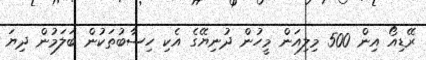
ރޭޑިއޯ އިން 500 މިލިއަން މީހުން ދުނިޔޭގެ އެކި ހިސާބުތަކުން ބަލަމުން ދިޔަ